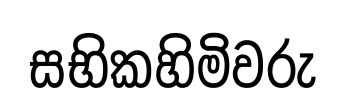
සභිකහිමිවරු